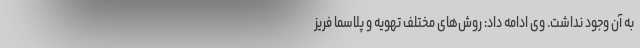
به آن وجود نداشت. وی ادامه داد: روش‌های مختلف تهویه و پلاسما فریز